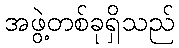
အဖွဲ့တစ်ခုရှိသည်